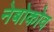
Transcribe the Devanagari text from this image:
नेबोकोव